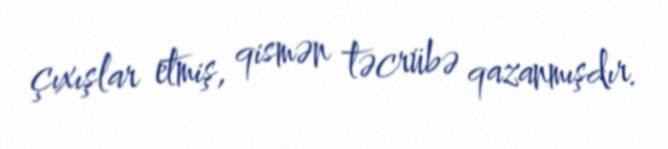
çıxışlar etmiş, qismən təcrübə qazanmışdır.